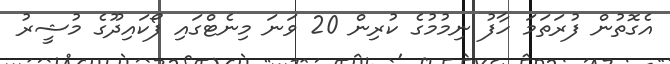
އެގޮތުން ފުރަތަމަ ހާފު ނިމުމުގެ ކުރިން 20 ވަނަ މިނެޓްގައި ފޯކައިދޫގެ މުޝީރު